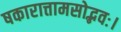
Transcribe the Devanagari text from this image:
षकारात्तामसोद्भवः।